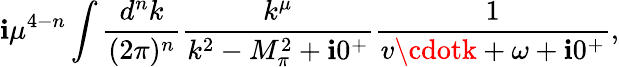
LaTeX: \mathbf{i}\mu^{4-n}\int\frac{{d^{n}k}}{{(2\pi)^{n}}}\frac{{k^{\mu}}}{{k^{2}-M_{\pi}^{2}+\mathbf{i}0^{+}}}\frac{{1}}{{v\cdotk+\omega+\mathbf{i}0^{+}}},